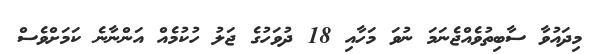
މިދައުވާ ސާބިތުވެއްޖެނަމަ ނުވަ މަހާއި 18 ދުވަހުގެ ޖަލު ހުކުމެއް އަންނާނެ ކަމަށްވެސް